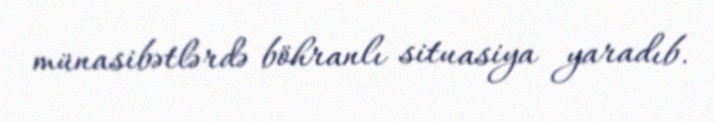
münasibətlərdə böhranlı situasiya yaradıb.